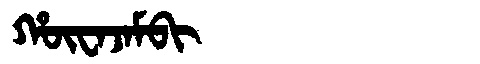
Manchu: ᡥᡡᠸᠠᠵᠠᠮᠪᡳ
Romanization: HŪWAJAMBI